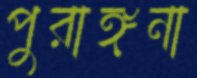
পুরাঙ্গনা